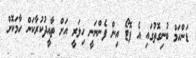
ޑަންހަމް ބުނިގޮތުގައި އެ ފޮޓޯ އިން ފެންނަނީ ހިލަރީ އަށް ތާއީދުކުރާކަން ހާމަކޮށް